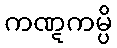
ကဏ္ဋကမ္ပိ